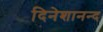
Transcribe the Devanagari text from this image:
दिनेशानन्द